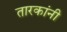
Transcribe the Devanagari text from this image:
तारकांनी